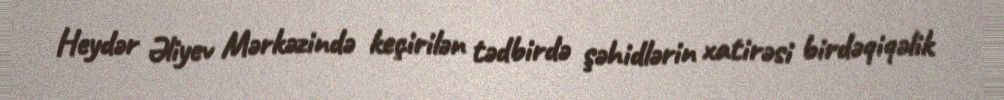
Heydər Əliyev Mərkəzində keçirilən tədbirdə şəhidlərin xatirəsi birdəqiqəlik